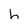
Character: h